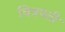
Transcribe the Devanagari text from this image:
चित्रपती